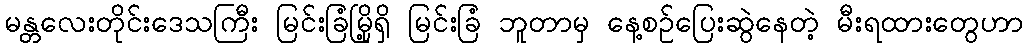
မန္တလေးတိုင်းဒေသကြီး မြင်းခြံမြို့ရှိ မြင်းခြံ ဘူတာမှ နေ့စဉ်ပြေးဆွဲနေတဲ့ မီးရထားတွေဟာ